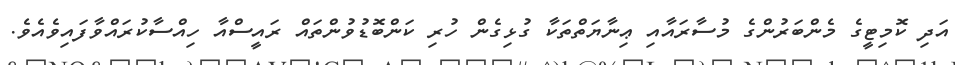
އަދި ކޮމިޓީގެ މެންބަރުންގެ މުސާރައާއި ޢިނާޔަތްތަކާ ގުޅިގެން ހުރި ކަންބޮޑުވުންތައް ރައީސްއާ ހިއްސާކުރައްވާފައިވެއެވެ.